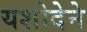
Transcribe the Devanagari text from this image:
यशोदेने